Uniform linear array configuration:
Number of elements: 24
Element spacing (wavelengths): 0.75
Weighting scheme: binomial
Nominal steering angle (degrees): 0
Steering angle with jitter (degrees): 0.7523
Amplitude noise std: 0.05
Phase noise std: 0.05

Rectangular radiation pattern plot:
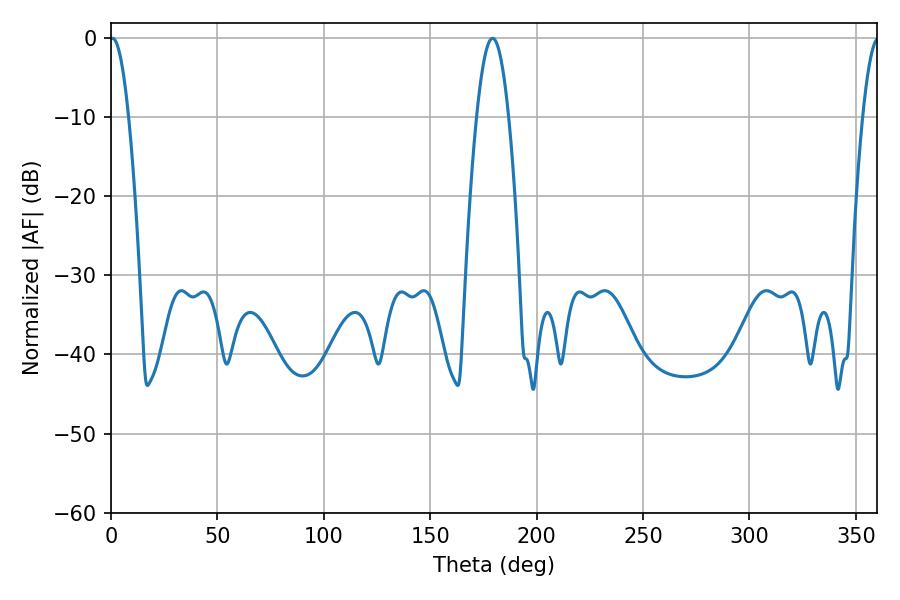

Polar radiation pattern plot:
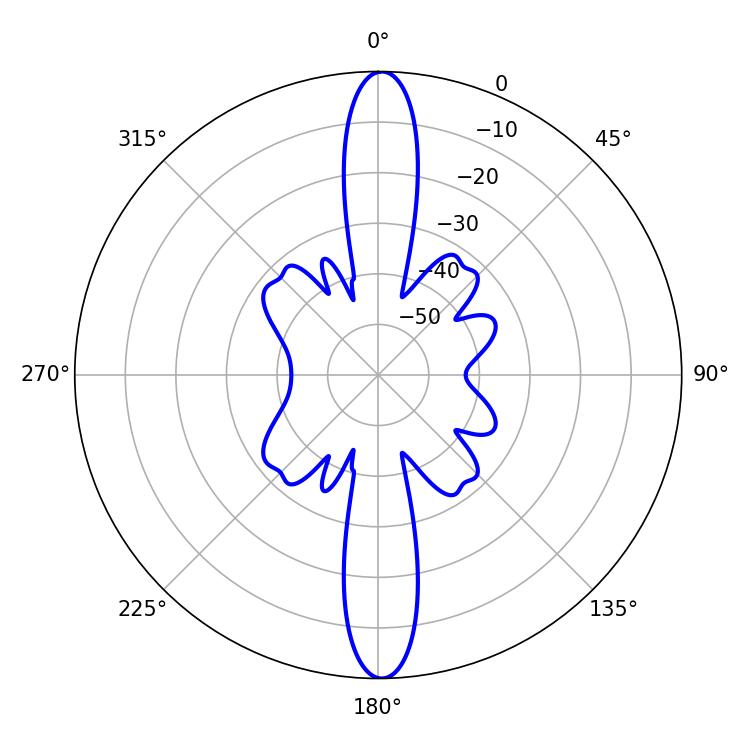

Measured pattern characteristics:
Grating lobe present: TRUE
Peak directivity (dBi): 27.21
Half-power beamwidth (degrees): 4.86
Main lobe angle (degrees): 0.72